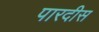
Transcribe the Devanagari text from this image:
पारदीस